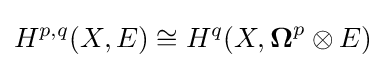
H^{p,q}(X,E)\cong H^{q}(X,{\boldsymbol {\Omega }}^{p}\otimes E)